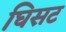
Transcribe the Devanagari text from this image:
घिसट